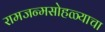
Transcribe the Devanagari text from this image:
रामजन्मसोहळ्याचा